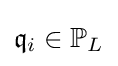
{\mathfrak {q}}_{i}\in \mathbb {P} _{L}